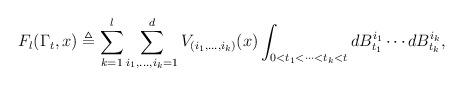
LaTeX: \begin{align*}F_{l}(\Gamma_{t},x)\triangleq\sum_{k=1}^{l} \sum_{i_{1},\ldots,i_{k}=1}^{d}V_{(i_{1},\ldots,i_{k})}(x)\int_{0<t_1<\cdots<t_k<t}dB_{t_1}^{i_{1}} \cdots dB_{t_k}^{i_{k}},\end{align*}